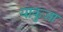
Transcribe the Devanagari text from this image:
याकुजा